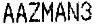
AAZMAN3